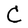
Character: C